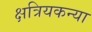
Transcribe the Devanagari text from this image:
क्षत्रियकन्या